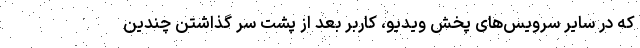
که در سایر سرویس‌های پخش ویدیو، کاربر بعد از پشت سر گذاشتن چندین